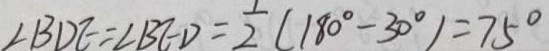
\angle B D E = \angle B E D = \frac { 1 } { 2 } ( 1 8 0 ^ { \circ } - 3 0 ^ { \circ } ) = 7 5 ^ { \circ }